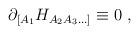
LaTeX: \begin{align*}\partial_{[A_1}H_{A_2 A_3 \ldots]} \equiv 0 \ ,\end{align*}